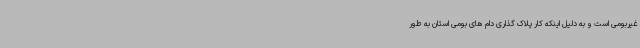
غیربومی است و به دلیل اینکه کار پلاک گذاری دام های بومی استان به طور